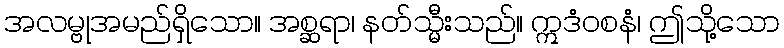
အလမ္ဗုအမည်ရှိသော။ အစ္ဆရာ၊ နတ်သ္မီးသည်။ ဣဒံဝစနံ၊ ဤသို့သော